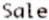
SALE